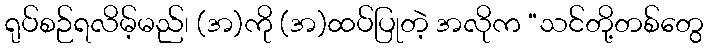
ရုပ်စဉ်ရလိမ့်မည်၊ (အ)ကို (အ)ထပ်ပြုတဲ့ အလိုက “သင်တို့တစ်တွေ